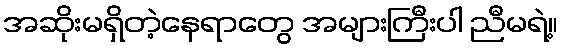
အဆိုးမရှိတဲ့နေရာတွေ အများကြီးပါ ညီမရဲ့။